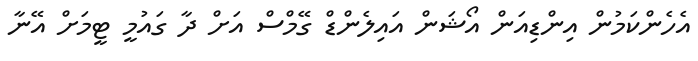
އެހެންކަމުން އިންޑިއަން އޯޝަން އައިލެންޑް ގޭމްސް އަށް ދާ ގައުމީ ޓީމަށް އޭނާ